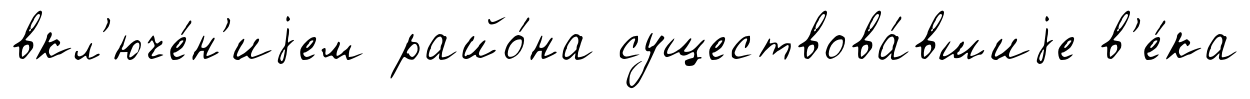
вкл'юче́н'иjем райо́на существова́вшиjе в'е́ка